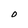
Character: O